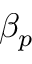
\beta _ { p }